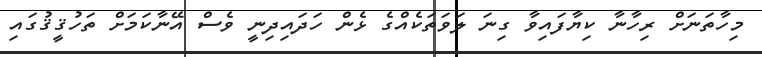
މިހާތަނަށް ރިހާނާ ކިޔާފައިވާ ގިނަ ލަވަތަކެއްގެ ޅެން ހަދައިދިނީ ވެސް އޭނާކަމަށް ތަހުޤީޤުގައި